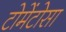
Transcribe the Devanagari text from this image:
टोमेंटोसा